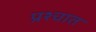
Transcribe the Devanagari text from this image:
प्रश्चात